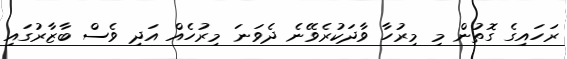
ރަހައިގެ ގޮތުން މި މިރުހާ ވާދަކުރެވޭނެ ދެވަނަ މިރުހެއް އަދި ވެސް ބާޒާރުގައި